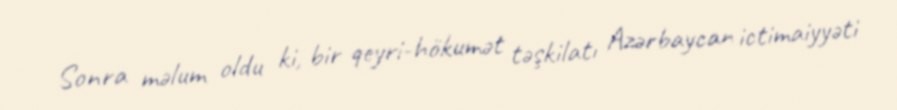
Sonra məlum oldu ki, bir qeyri-hökumət təşkilatı Azərbaycan ictimaiyyəti